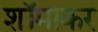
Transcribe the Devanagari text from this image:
शॉमाकर